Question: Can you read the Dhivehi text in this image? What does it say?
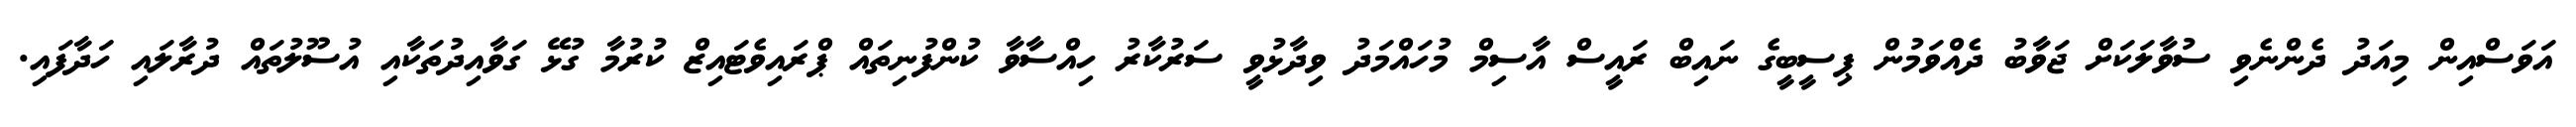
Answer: އަވަސްއިން މިއަދު ދެންނެވި ސުވާލަކަށް ޖަވާބު ދެއްވަމުން ޕިސީބީގެ ނައިބް ރައީސް އާސިމް މުހައްމަދު ވިދާޅުވީ ސަރުކާރު ހިއްސާވާ ކުންފުނިތައް ޕްރައިވެޓައިޒް ކުރުމާ ގުޅޭ ގަވާއިދުތަކާއި އުސޫލުތައް ދުރާލައި ހަދާފައި.